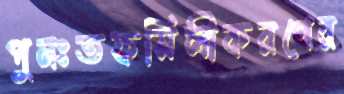
পুনঃতফসিলীকরণের